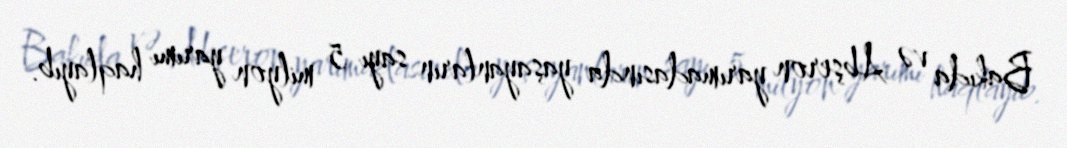
Bakıda və Abşeron yarımadasında yaşayanların sayı 5 milyon yarımı haqlayıb.